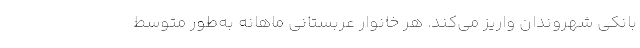
بانکی شهروندان واریز می‌کند. هر خانوار عربستانی ماهانه به‌طور متوسط